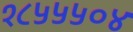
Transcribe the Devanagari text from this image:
१८५५५०४